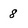
Character: 8